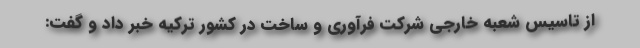
از تاسیس شعبه خارجی شرکت فرآوری و ساخت در کشور ترکیه خبر داد و گفت: